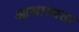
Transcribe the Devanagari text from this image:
आसाध्यता